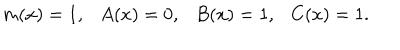
LaTeX: m ( x ) = 1 , \ \ \ A ( x ) = 0 , \ \ \ B ( x ) = 1 , \ \ \ C ( x ) = 1 .